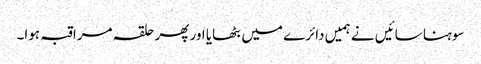
سوہنا سائیں نے ہمیں دائرے میں بٹھایا اور پھر حلقہ مراقبہ ہوا۔